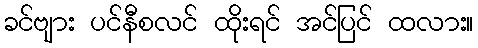
ခင်ဗျား ပင်နီစလင် ထိုးရင် အင်ပြင် ထလား။